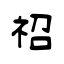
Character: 祒